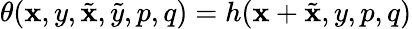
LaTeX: \theta(\mathbf{x},y,\tilde{{\mathbf{x}}},\tilde{{y}},p,q)=h(\mathbf{x}+\tilde{{\mathbf{x}}},y,p,q)